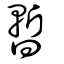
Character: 暫